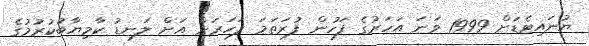
ޔުނައިޓެޑަށް 1999 ވަނަ އަހަރުގެ ފަހުން ފުރަތަމަ ފަހަރަށް އަށް ލަނޑު ކާމިޔާބުކުރުމުގެ